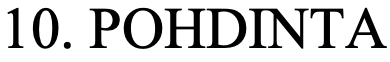
10. POHDINTA